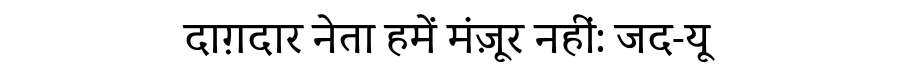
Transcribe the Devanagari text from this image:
दाग़दार नेता हमें मंज़ूर नहीं: जद-यू